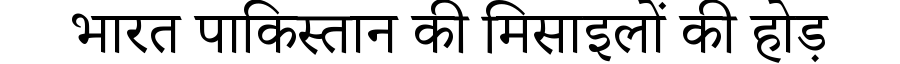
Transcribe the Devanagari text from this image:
भारत पाकिस्तान की मिसाइलों की होड़